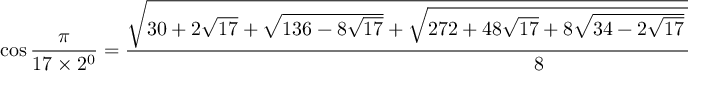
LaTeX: \cos { \frac { \pi } { 1 7 \times 2 ^ { 0 } } } = { \frac { \sqrt { 3 0 + 2 { \sqrt { 1 7 } } + { \sqrt { 1 3 6 - 8 { \sqrt { 1 7 } } } } + { \sqrt { 2 7 2 + 4 8 { \sqrt { 1 7 } } + 8 { \sqrt { 3 4 - 2 { \sqrt { 1 7 } } } } \times ( { \sqrt { 1 7 } } - 1 ) - 6 4 { \sqrt { 3 4 + 2 { \sqrt { 1 7 } } } } } } } } { 8 } } ;